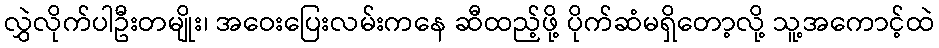
လွှဲလိုက်ပါဦးတမျိုး၊ အဝေးပြေးလမ်းကနေ ဆီထည့်ဖို့ ပိုက်ဆံမရှိတော့လို့ သူ့အကောင့်ထဲ